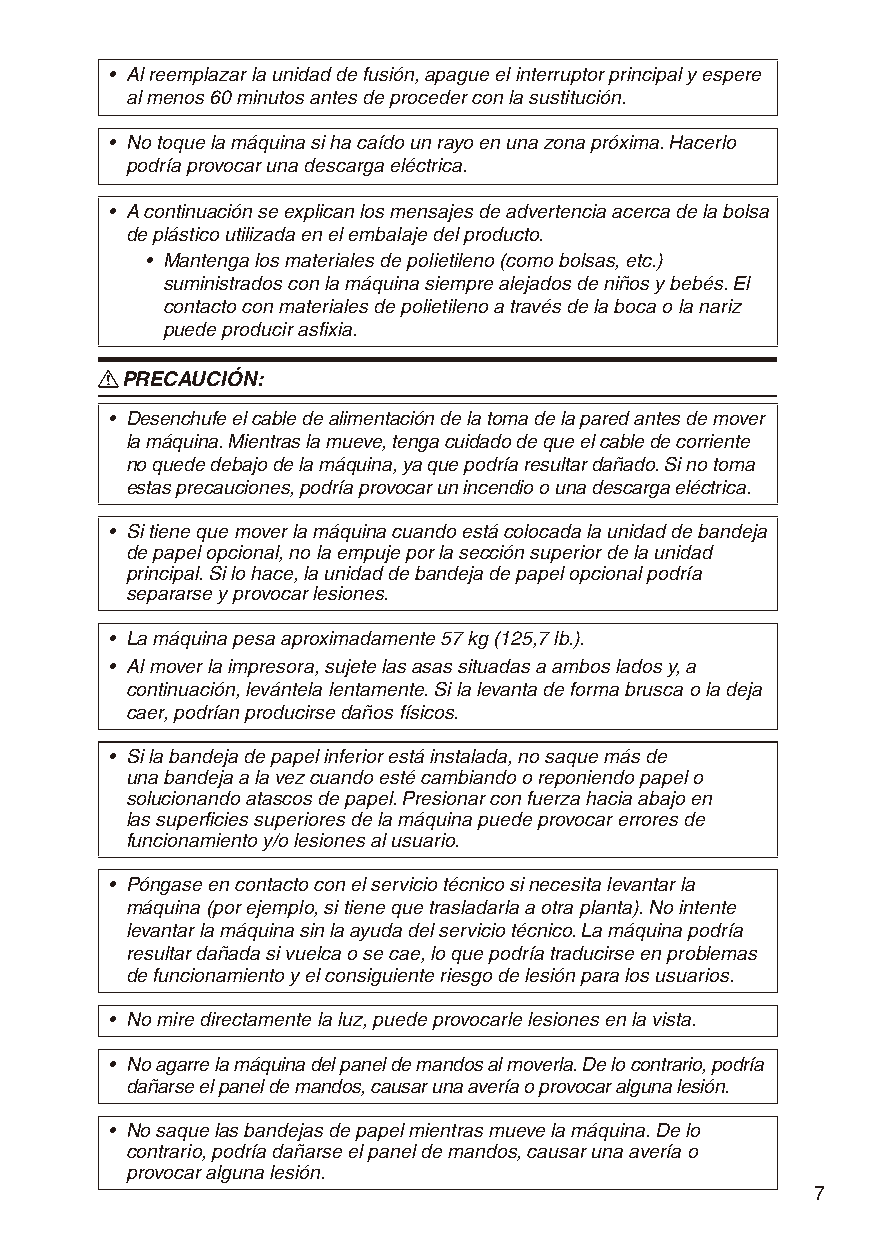
• Al reemplazar la unidad de fusión, apague el interruptor principal y espere
 al menos 60 minutos antes de proceder con la sustitución.
 • No toque la máquina si ha caído un rayo en una zona próxima. Hacerlo
 podría provocar una descarga eléctrica.
 • A continuación se explican los mensajes de advertencia acerca de la bolsa
 de plástico utilizada en el embalaje del producto.
 • Mantenga los materiales de polietileno (como bolsas, etc.)
 suministrados con la máquina siempre alejados de niños y bebés. El
 contacto con materiales de polietileno a través de la boca o la nariz
 puede producir asfixia.
 R PRECAUCIÓN:
 • Desenchufe el cable de alimentación de la toma de la pared antes de mover
 la máquina. Mientras la mueve, tenga cuidado de que el cable de corriente
 no quede debajo de la máquina, ya que podría resultar dañado. Si no toma
 estas precauciones, podría provocar un incendio o una descarga eléctrica.
 • Si tiene que mover la máquina cuando está colocada la unidad de bandeja
 de papel opcional, no la empuje por la sección superior de la unidad
 principal. Si lo hace, la unidad de bandeja de papel opcional podría
 separarse y provocar lesiones.
 • La máquina pesa aproximadamente 57 kg (125,7 lb.).
 • Al mover la impresora, sujete las asas situadas a ambos lados y, a
 continuación, levántela lentamente. Si la levanta de forma brusca o la deja
 caer, podrían producirse daños físicos.
 • Si la bandeja de papel inferior está instalada, no saque más de
 una bandeja a la vez cuando esté cambiando o reponiendo papel o
 solucionando atascos de papel. Presionar con fuerza hacia abajo en
 las superficies superiores de la máquina puede provocar errores de
 funcionamiento y/o lesiones al usuario.
 • Póngase en contacto con el servicio técnico si necesita levantar la
 máquina (por ejemplo, si tiene que trasladarla a otra planta). No intente
 levantar la máquina sin la ayuda del servicio técnico. La máquina podría
 resultar dañada si vuelca o se cae, lo que podría traducirse en problemas
 de funcionamiento y el consiguiente riesgo de lesión para los usuarios.
 • No mire directamente la luz, puede provocarle lesiones en la vista.
 • No agarre la máquina del panel de mandos al moverla. De lo contrario, podría
 dañarse el panel de mandos, causar una avería o provocar alguna lesión.
 • No saque las bandejas de papel mientras mueve la máquina. De lo
 contrario, podría dañarse el panel de mandos, causar una avería o
 provocar alguna lesión.
 7